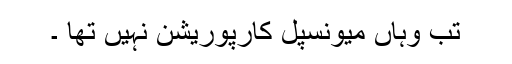
تب وہاں میونسپل کارپوریشن نہیں تھا ۔